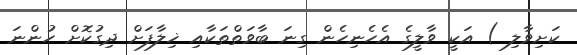
ކަށިވާލި ) އަކީ ވާލީގެ އެހެނިހެން ގިނަ ބާވަތްތަކާއި ޚިލާފަށް ދިގުކޮށް ހުންނަ